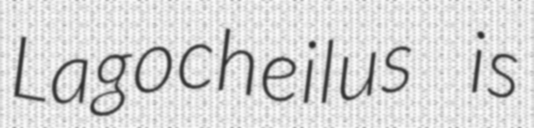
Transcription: Lagocheilus is